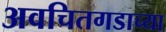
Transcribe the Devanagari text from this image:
अवचितगडाच्या